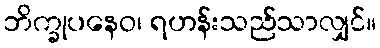
ဘိက္ခုပနေဝ၊ ရဟန်းသည်သာလျှင်။